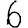
Digit: 6